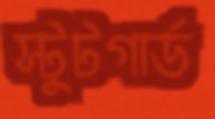
স্টুটগার্ড